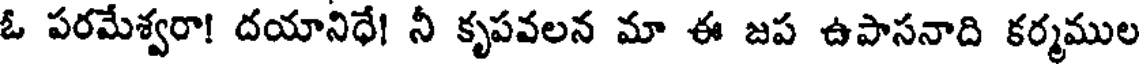
ఓ పరమేశ్వరా! దయానిధే! నీ కృపవలన మా ఈ జప ఉపాసనాది కర్మముల